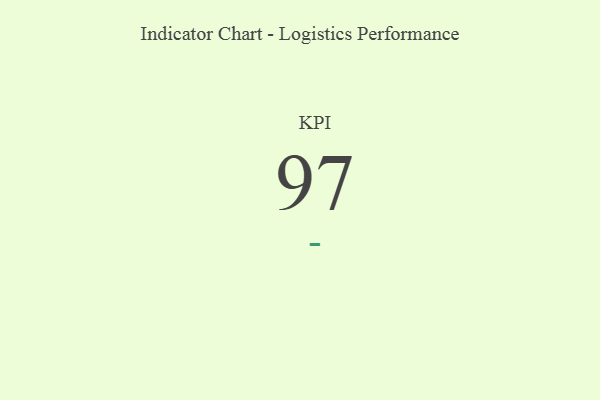
{"axis": {"x": "KPI", "y": "Value"}, "legend": [""], "data": [{"x": "KPI", "y": 97, "type": ""}]}